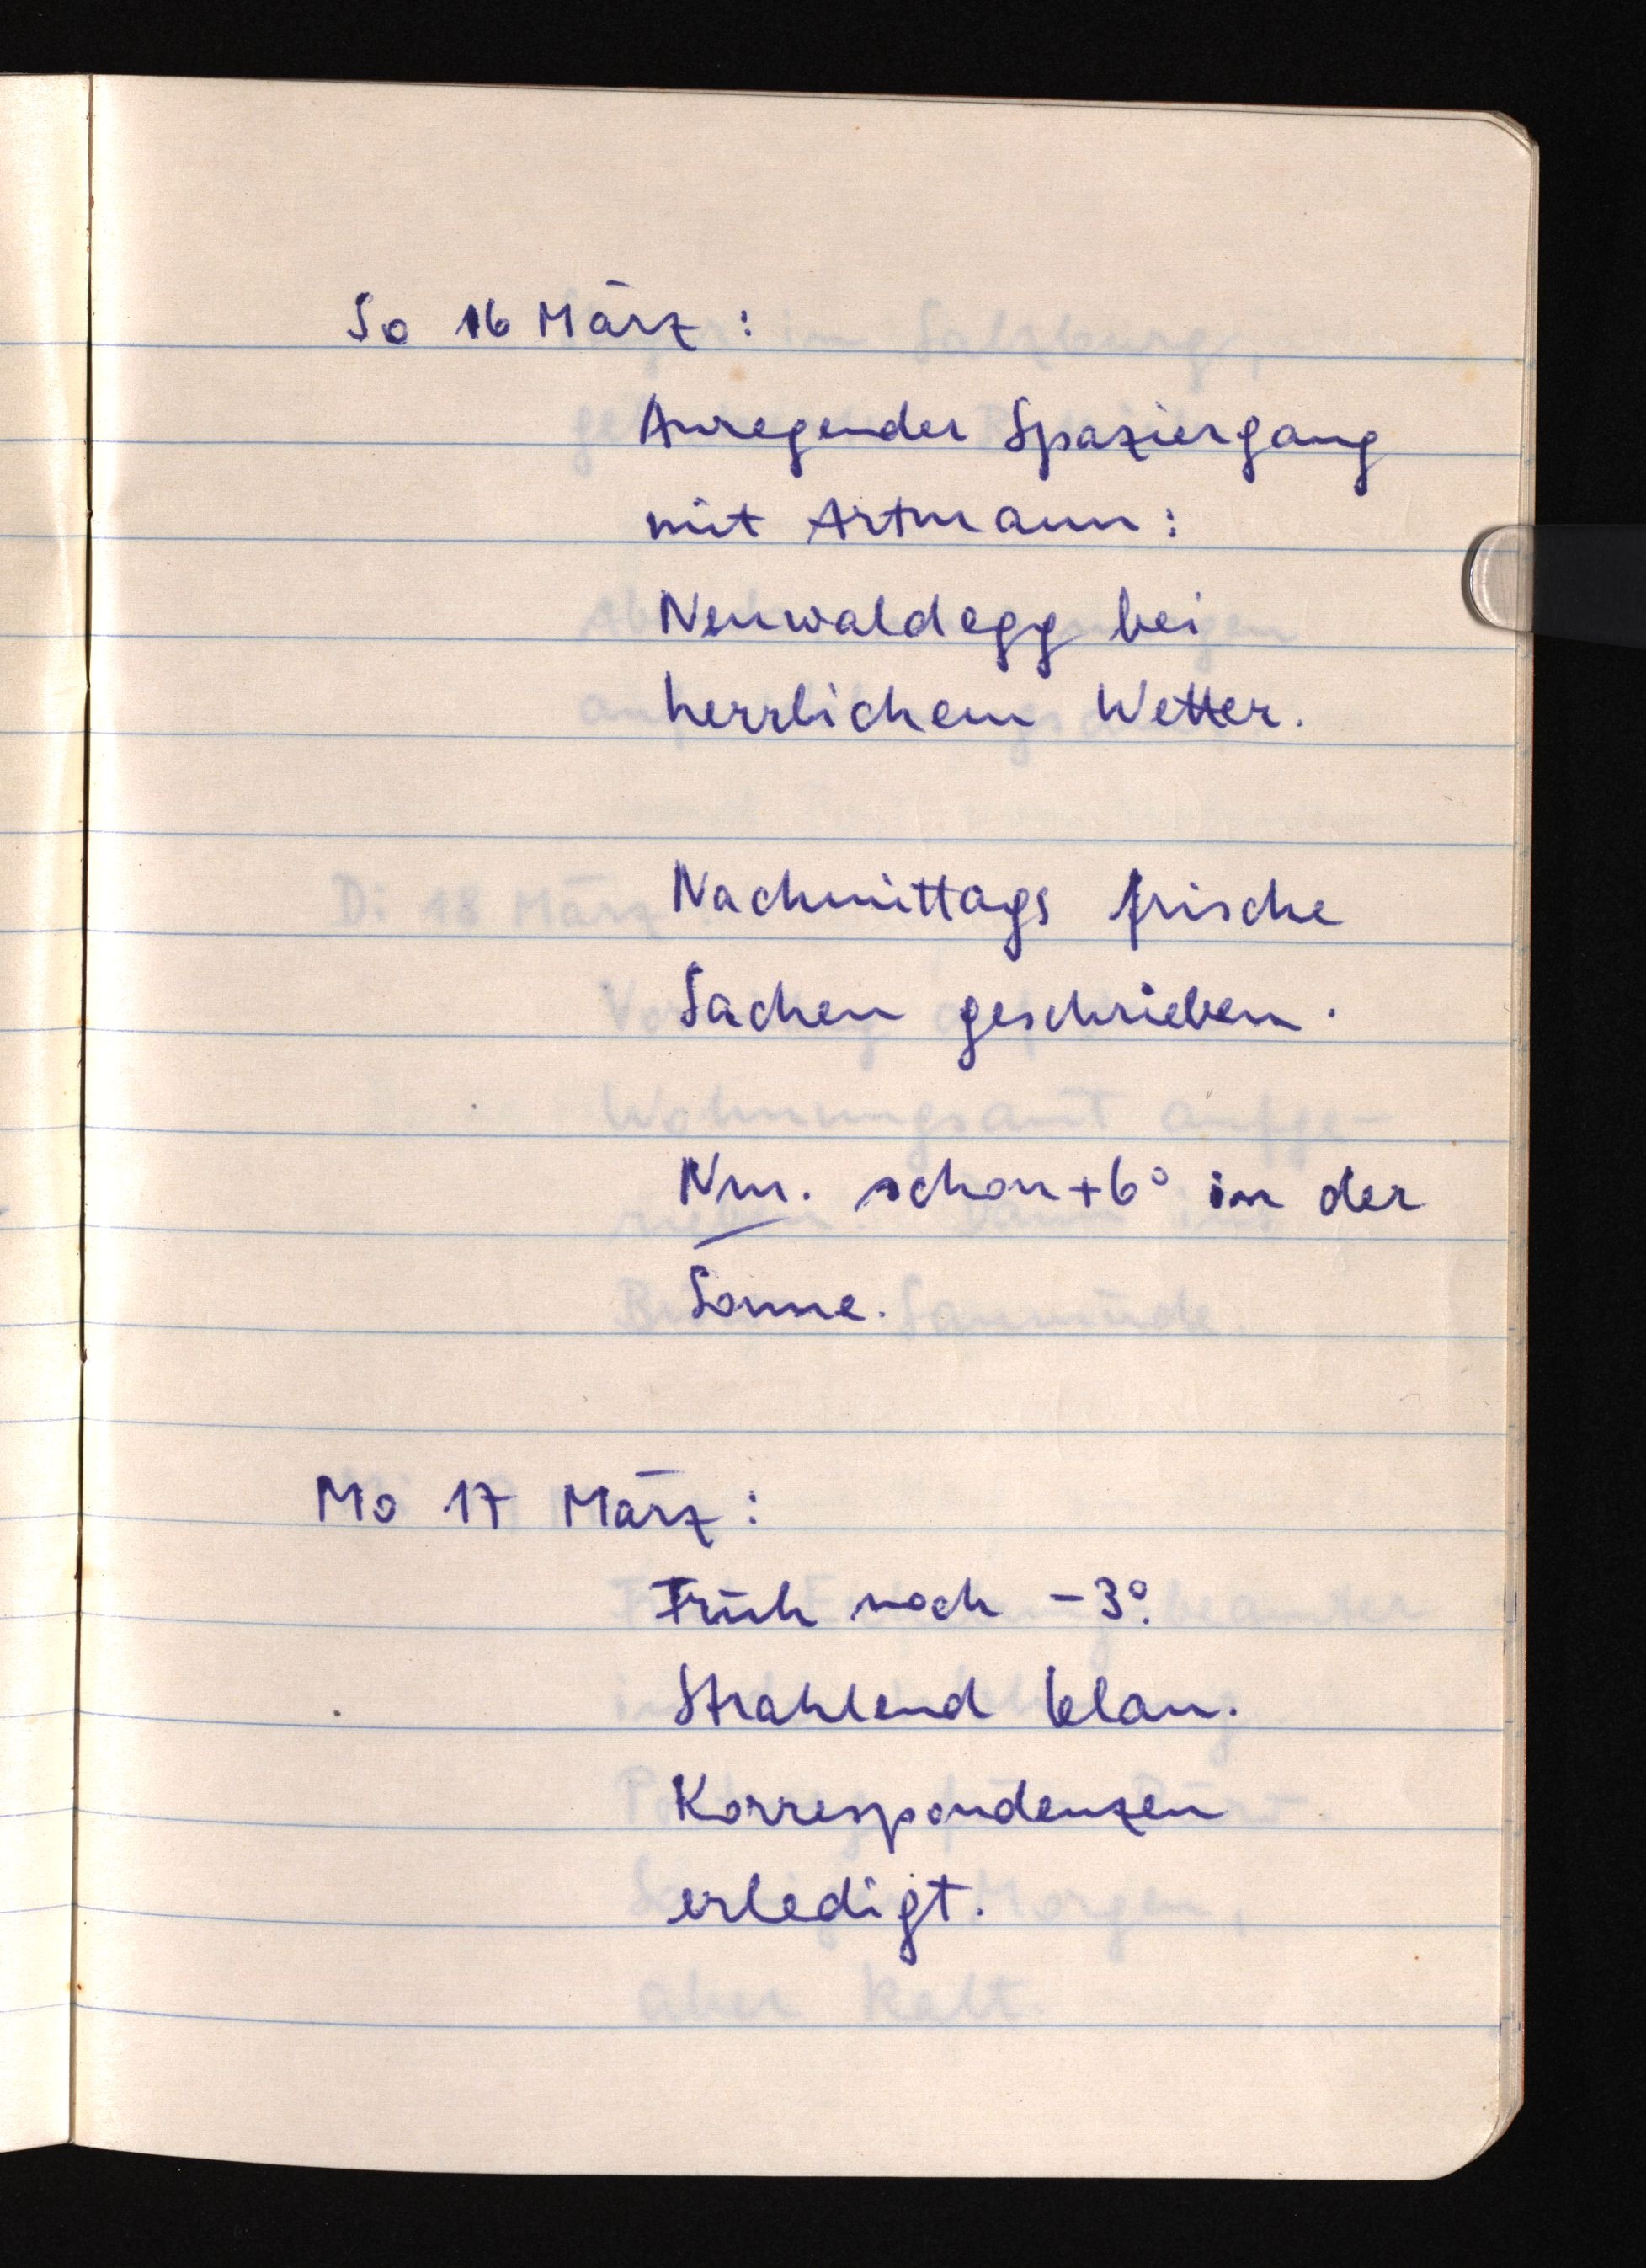
So 16 März:
Anregender Spaziergang
mit Artmann:
Neuwaldegg bei
herrlichem Wetter.
Nachmittags frische
Sachen geschrieben.
Nm. schon +6° in der
Sonne.
Mo 17 März:
Früh noch -3°.
Strahlend blau.
Korrespondenzen
erledigt.